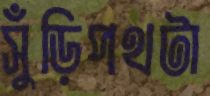
সুঁড়িপথটা